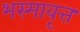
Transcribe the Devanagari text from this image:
भस्मावृत्त